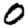
Digit: 0